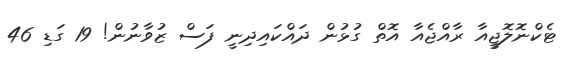
ޓެކްނޮލޮޖީއާ ރާއްޖެއާ އޮތް ގުޅުން ދައްކައިދިނީ ފަސް ޒުވާނުން! 19 ގަޑި 46